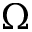
\Omega